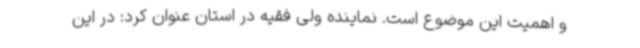
و اهمیت این موضوع است. نماینده ولی فقیه در استان عنوان کرد: در این